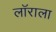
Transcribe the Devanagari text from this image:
लॉराला